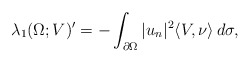
\begin{align*} \lambda_1(\Omega;V)' = -\int_{\partial\Omega} |u_n|^2 \langle V,\nu \rangle\,d\sigma, \end{align*}